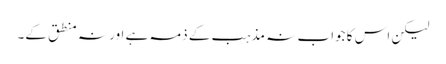
لیکن اس کا جواب نہ مذہب کے ذمہ ہے اور نہ منطق کے۔